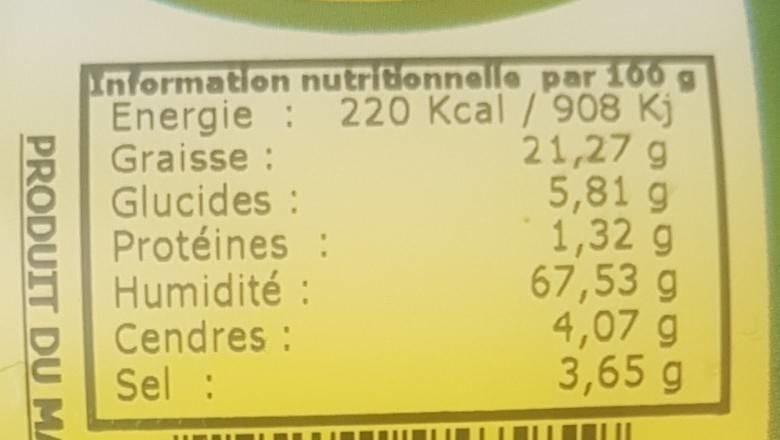
nformation nutridonnelle par 100 g Energie : 220 Kcal /908 Kj Graisse : Glucides : Protéines : Humidité : Cendres : Sel :
21,27 g 5,81 g 1,32 g 67,53 g 4,07 g 3,65 g
PRODUIT DU MA